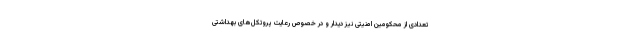
تعدادی از محکومین امنیتی نیز دیدار و در خصوص رعایت پروتکل‌های بهداشتی